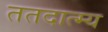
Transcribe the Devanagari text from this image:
ततदात्म्य